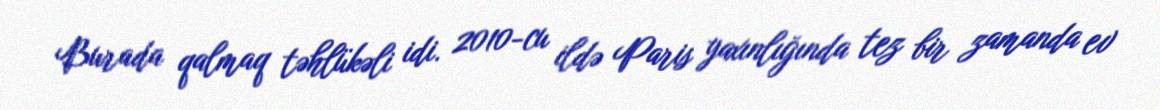
Burada qalmaq təhlükəli idi. 2010-cu ildə Paris yaxınlığında tez bir zamanda ev